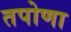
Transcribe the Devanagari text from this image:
तपोणा